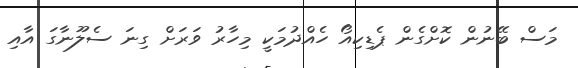
މަސް ބޭނުން ކޮށްގެން ޕެޑިކިއޯ ހެއްދުމަކީ މިހާރު ވަރަށް ގިނަ ސެލޫނާގަ އާއި